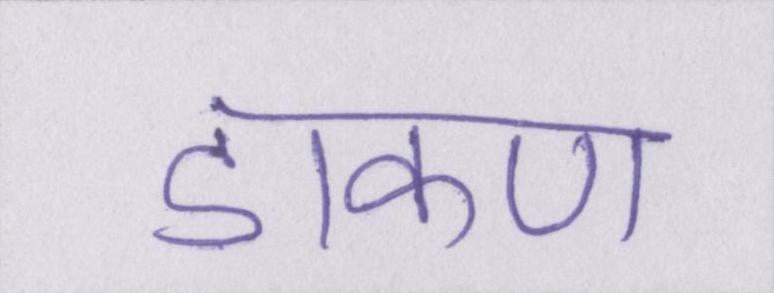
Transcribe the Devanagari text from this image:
डाकण